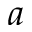
a